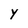
Character: Y